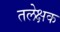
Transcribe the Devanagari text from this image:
तलेक्षक